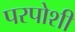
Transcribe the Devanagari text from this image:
परपोशी